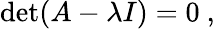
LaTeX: \operatorname*{det}(A-\lambda I)=0~,